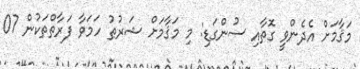
މަޤާމަށް އެދެންވީ ގޮތާއި ސުންގަޑި: މި މަޤާމަށް ޝަރުޠު ހަމަވާ ފަރާތްތަކުން 07